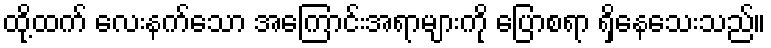
ထို့ထက် လေးနက်သော အကြောင်းအရာများကို ပြောစရာ ရှိနေသေးသည်။